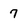
Character: 7